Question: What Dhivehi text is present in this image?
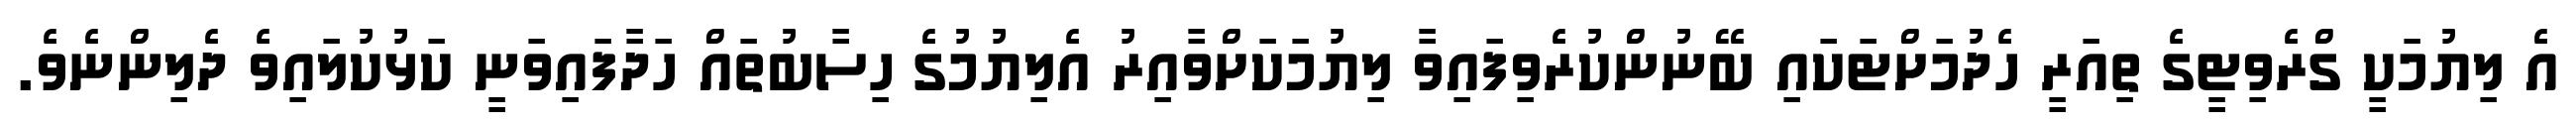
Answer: އެ ލިޔުމަކީ ގްރެވިޓީގެ ތިއަރީ ހެދުމަށްޓަކައި ބޭނުންކުރެވިފައިވާ ލިޔުމަކަށްވާއިރު އެލިޔުމުގެ ހިސާބުތައް ހަދާފައިވަނީ ކަޅުކުލައިވެ ދެލިންނެވެ.